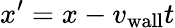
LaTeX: x^{\prime}=x-v_{\mathrm{wall}}t